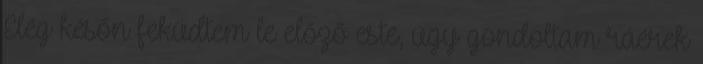
Elég későn feküdtem le előző este, úgy gondoltam ráérek